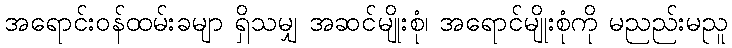
အရောင်းဝန်ထမ်းခမျာ ရှိသမျှ အဆင်မျိုးစုံ၊ အရောင်မျိုးစုံကို မညည်းမညူ